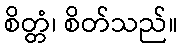
စိတ္တံ၊ စိတ်သည်။